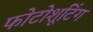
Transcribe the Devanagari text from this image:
फोटोशूटिंग